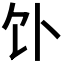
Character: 𬲥